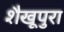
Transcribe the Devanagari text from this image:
शैखूपुरा